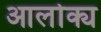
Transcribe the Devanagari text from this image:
आलोक्य